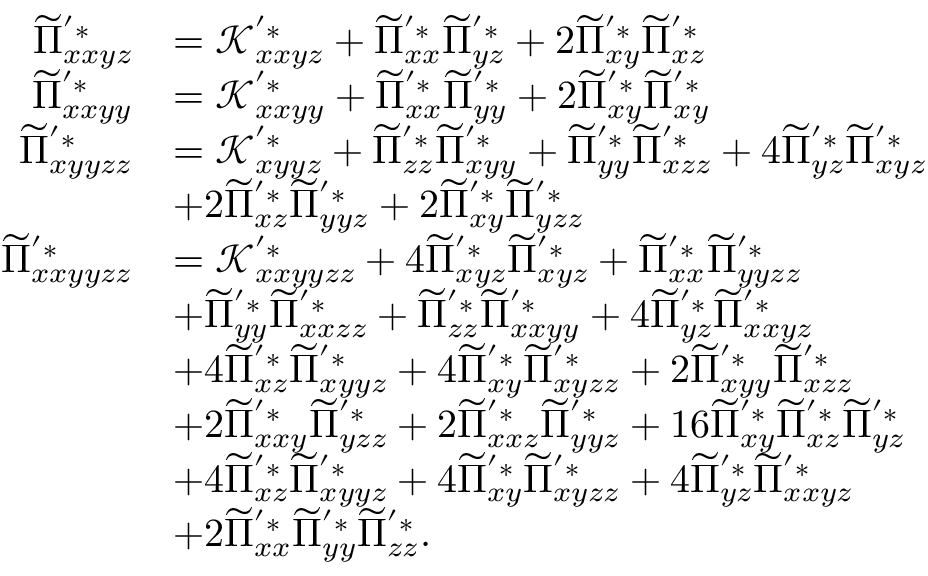
\begin{array} { r l } { \widetilde { \Pi } _ { x x y z } ^ { ' * } } & { = \mathcal { K } _ { x x y z } ^ { ' * } + \widetilde { \Pi } _ { x x } ^ { ' * } \widetilde { \Pi } _ { y z } ^ { ' * } + 2 \widetilde { \Pi } _ { x y } ^ { ' * } \widetilde { \Pi } _ { x z } ^ { ' * } } \\ { \widetilde { \Pi } _ { x x y y } ^ { ' * } } & { = \mathcal { K } _ { x x y y } ^ { ' * } + \widetilde { \Pi } _ { x x } ^ { ' * } \widetilde { \Pi } _ { y y } ^ { ' * } + 2 \widetilde { \Pi } _ { x y } ^ { ' * } \widetilde { \Pi } _ { x y } ^ { ' * } } \\ { \widetilde { \Pi } _ { x y y z z } ^ { ' * } } & { = \mathcal { K } _ { x y y z } ^ { ' * } + \widetilde { \Pi } _ { z z } ^ { ' * } \widetilde { \Pi } _ { x y y } ^ { ' * } + \widetilde { \Pi } _ { y y } ^ { ' * } \widetilde { \Pi } _ { x z z } ^ { ' * } + 4 \widetilde { \Pi } _ { y z } ^ { ' * } \widetilde { \Pi } _ { x y z } ^ { ' * } } \\ & { + 2 \widetilde { \Pi } _ { x z } ^ { ' * } \widetilde { \Pi } _ { y y z } ^ { ' * } + 2 \widetilde { \Pi } _ { x y } ^ { ' * } \widetilde { \Pi } _ { y z z } ^ { ' * } } \\ { \widetilde { \Pi } _ { x x y y z z } ^ { ' * } } & { = \mathcal { K } _ { x x y y z z } ^ { ' * } + 4 \widetilde { \Pi } _ { x y z } ^ { ' * } \widetilde { \Pi } _ { x y z } ^ { ' * } + \widetilde { \Pi } _ { x x } ^ { ' * } \widetilde { \Pi } _ { y y z z } ^ { ' * } } \\ & { + \widetilde { \Pi } _ { y y } ^ { ' * } \widetilde { \Pi } _ { x x z z } ^ { ' * } + \widetilde { \Pi } _ { z z } ^ { ' * } \widetilde { \Pi } _ { x x y y } ^ { ' * } + 4 \widetilde { \Pi } _ { y z } ^ { ' * } \widetilde { \Pi } _ { x x y z } ^ { ' * } } \\ & { + 4 \widetilde { \Pi } _ { x z } ^ { ' * } \widetilde { \Pi } _ { x y y z } ^ { ' * } + 4 \widetilde { \Pi } _ { x y } ^ { ' * } \widetilde { \Pi } _ { x y z z } ^ { ' * } + 2 \widetilde { \Pi } _ { x y y } ^ { ' * } \widetilde { \Pi } _ { x z z } ^ { ' * } } \\ & { + 2 \widetilde { \Pi } _ { x x y } ^ { ' * } \widetilde { \Pi } _ { y z z } ^ { ' * } + 2 \widetilde { \Pi } _ { x x z } ^ { ' * } \widetilde { \Pi } _ { y y z } ^ { ' * } + 1 6 \widetilde { \Pi } _ { x y } ^ { ' * } \widetilde { \Pi } _ { x z } ^ { ' * } \widetilde { \Pi } _ { y z } ^ { ' * } } \\ & { + 4 \widetilde { \Pi } _ { x z } ^ { ' * } \widetilde { \Pi } _ { x y y z } ^ { ' * } + 4 \widetilde { \Pi } _ { x y } ^ { ' * } \widetilde { \Pi } _ { x y z z } ^ { ' * } + 4 \widetilde { \Pi } _ { y z } ^ { ' * } \widetilde { \Pi } _ { x x y z } ^ { ' * } } \\ & { + 2 \widetilde { \Pi } _ { x x } ^ { ' * } \widetilde { \Pi } _ { y y } ^ { ' * } \widetilde { \Pi } _ { z z } ^ { ' * } . } \end{array}